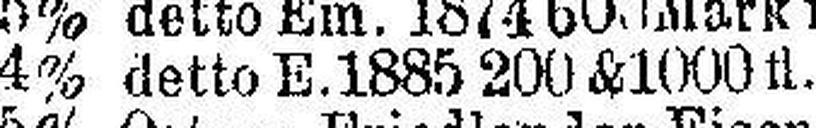
4% detto E.1885 200 & 1000 fl. S. f. 100fl.